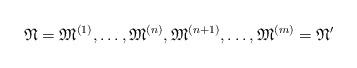
LaTeX: \begin{align*}\mathfrak{N}=\mathfrak{M}^{(1)},\ldots,\mathfrak{M}^{(n)},\mathfrak{M}^{(n+1)},\ldots,\mathfrak{M}^{(m)}=\mathfrak{N}'\end{align*}